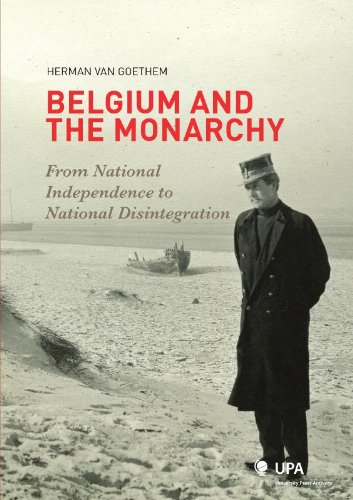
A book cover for Belgium and the Monarchy: From National Independence to National Disintegration; Herman Van Goethem; History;